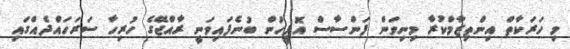
މި ހަރަކާތް އިންތިޒާމްކުރާ މިނިވަން ފަންސާސް އޮފީހުން ބުނެފައިވަނީ ރާއްޖޭގެ ހުރިހާ ސަރަހައްދެއްގައި